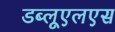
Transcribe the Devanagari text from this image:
डब्लूएलएस